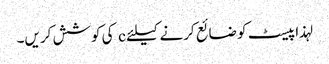
لہذا پیسٹ کو ضائع کرنے کیلئے c کی کوشش کریں۔